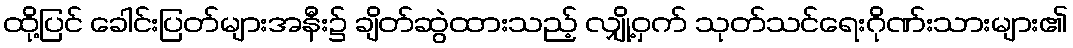
ထို့ပြင် ခေါင်းပြတ်များအနီး၌ ချိတ်ဆွဲထားသည့် လျှို့ဝှက် သုတ်သင်ရေးဂိုဏ်းသားများ၏